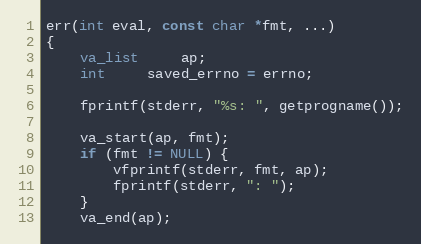
Language: C
err(int eval, const char *fmt, ...)
{
	va_list	 ap;
	int	 saved_errno = errno;

	fprintf(stderr, "%s: ", getprogname());

	va_start(ap, fmt);
	if (fmt != NULL) {
		vfprintf(stderr, fmt, ap);
		fprintf(stderr, ": ");
	}
	va_end(ap);